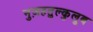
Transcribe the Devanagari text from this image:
नुज़हतुल्कुलूब